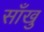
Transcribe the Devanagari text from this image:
साँखु